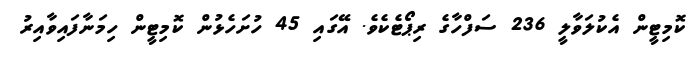
ކޮމިޓީން އެކުލަވާލީ 236 ސަފްހާގެ ރިޕޯޓެކެވެ. އޭގައި 45 ހުށަހެޅުން ކޮމިޓީން ހިމަނާފައިވާއިރު